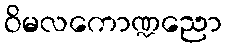
ဝိမလကောဏ္ဍညော